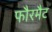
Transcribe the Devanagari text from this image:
फौरमैट